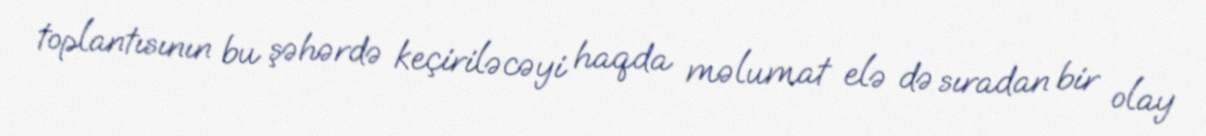
toplantısının bu şəhərdə keçiriləcəyi haqda məlumat elə də sıradan bir olay